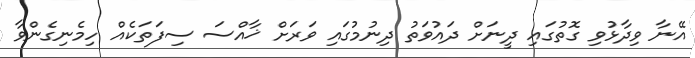
އޭނާ ވިދާޅުވި ގޮތުގައި ދީނަށް ދައުވަތު ދިނުމުގައި ވަރަށް ޚާއްސަ ސިފަަތަކެއް ހިމެނިގެންވާ